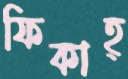
ফিকাহ্